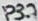
Text: P3.7